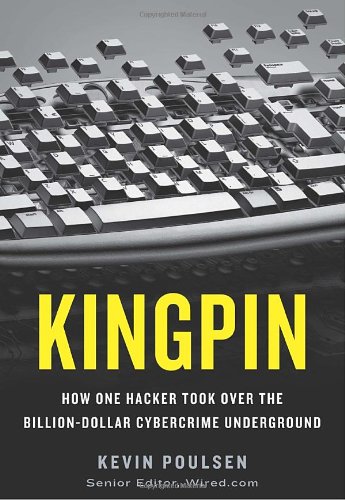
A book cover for Kingpin: How One Hacker Took Over the Billion-Dollar Cybercrime Underground; Kevin Poulsen; Computers & Technology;